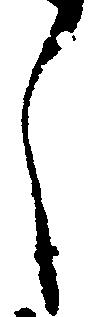
し